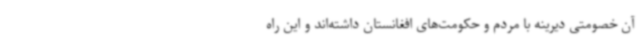
آن خصومتی دیرینه با مردم و حکومت‌های افغانستان داشته‌اند و این راه